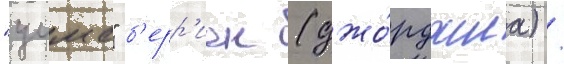
"уимс" б'ерр'иен (джо́рджиа) /